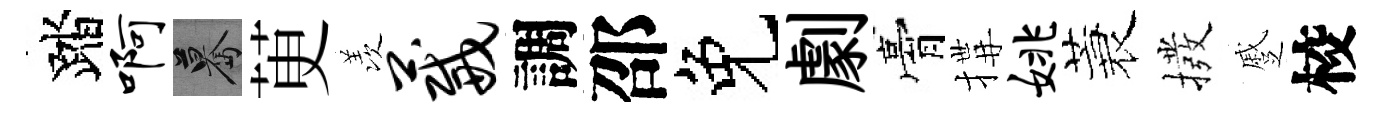
踏啊驀茰羡葳調邵免劇膏搆姚蓑撥蹙校